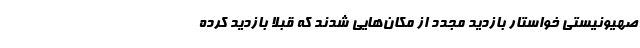
صهیونیستی خواستار بازدید مجدد از مکان‌هایی شدند که قبلا بازدید کرده